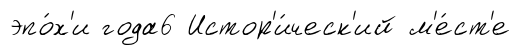
эпо́х'и года6 Истор'и́ческ'ий м'е́ст'е